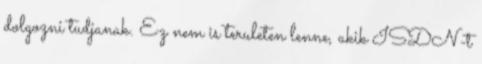
dolgozni tudjanak. Ez nem is teruleten lenne, akik ISDN-t